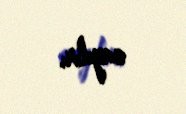
sayılır.